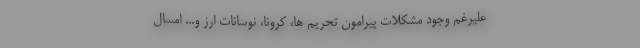
علیرغم وجود مشکلات پیرامون تحریم ها، کرونا، نوسانات ارز و... امسال